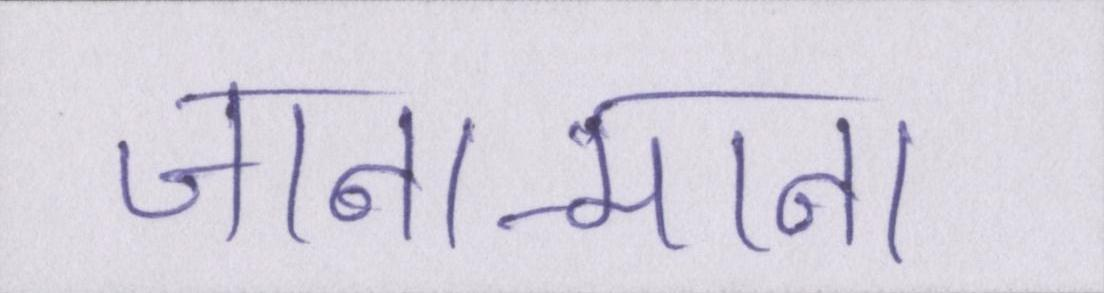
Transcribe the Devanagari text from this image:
जाना-माना